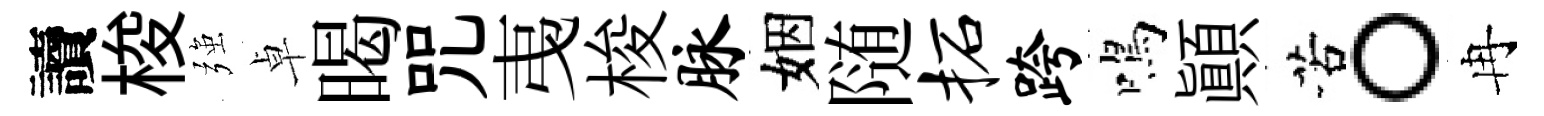
讀梭强卓暍咒𢎯梭脉姻随柘跨鳴顛苦。冉